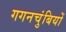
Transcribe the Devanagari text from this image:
गगनचुंबियों